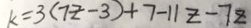
k = 3 ( 7 z - 3 ) + 7 - 1 1 z - 7 z